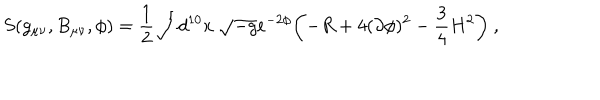
LaTeX: S ( g _ { \mu \nu } , B _ { \mu \nu } , \phi ) = { \frac { 1 } { 2 } } \int d ^ { 1 0 } x \ \sqrt { - g } e ^ { - 2 \phi } \biggl ( - R + 4 ( \partial \phi ) ^ { 2 } - { \frac { 3 } { 4 } } H ^ { 2 } \biggr ) \ ,